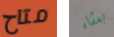
متاح بعشاء